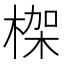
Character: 𣕧